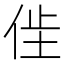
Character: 𫢢